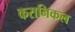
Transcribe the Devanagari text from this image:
करानिकल